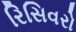
રિસિવરો